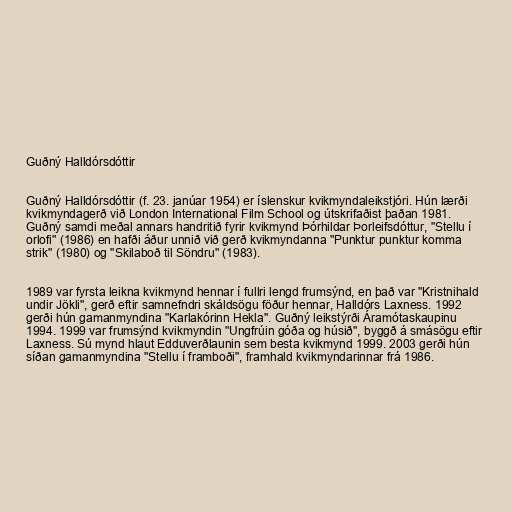
Guðný Halldórsdóttir

Guðný Halldórsdóttir (f. 23. janúar 1954) er íslenskur kvikmyndaleikstjóri. Hún lærði
kvikmyndagerð við London International Film School og útskrifaðist þaðan 1981.
Guðný samdi meðal annars handritið fyrir kvikmynd Þórhildar Þorleifsdóttur, "Stellu í
orlofi" (1986) en hafði áður unnið við gerð kvikmyndanna "Punktur punktur komma
strik" (1980) og "Skilaboð til Söndru" (1983).

1989 var fyrsta leikna kvikmynd hennar í fullri lengd frumsýnd, en það var "Kristnihald
undir Jökli", gerð eftir samnefndri skáldsögu föður hennar, Halldórs Laxness. 1992
gerði hún gamanmyndina "Karlakórinn Hekla". Guðný leikstýrði Áramótaskaupinu
1994. 1999 var frumsýnd kvikmyndin "Ungfrúin góða og húsið", byggð á smásögu eftir
Laxness. Sú mynd hlaut Edduverðlaunin sem besta kvikmynd 1999. 2003 gerði hún
síðan gamanmyndina "Stellu í framboði", framhald kvikmyndarinnar frá 1986.